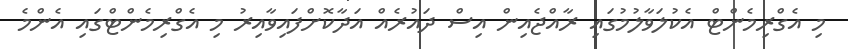
މި އެގްރިމެންޓް އެކުލަވާލުމުގައި ރާއްޖެއިން އިސް ދައުރެއް އަދާކޮށްފައިވާއިރު މި އެގްރިމެންޓްގައި އެންމެ